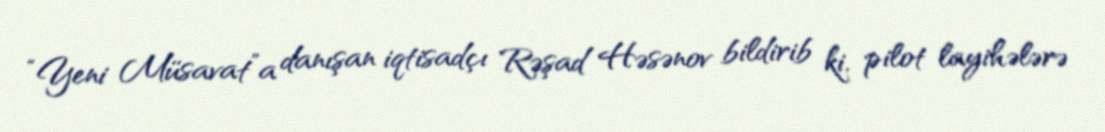
“Yeni Müsavat”a danışan iqtisadçı Rəşad Həsənov bildirib ki, pilot layihələrə